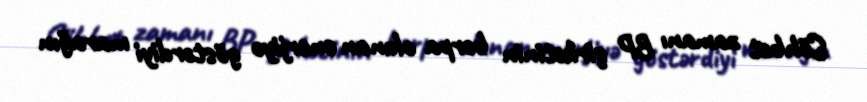
Söhbət zamanı BP şirkətinin bərpa olunan enerjiyə göstərdiyi marağın